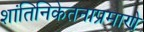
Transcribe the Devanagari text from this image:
शांतिनिकेतनाप्रमाणे